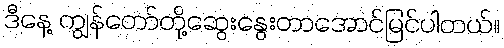
ဒီနေ့ ကျွန်တော်တို့ဆွေးနွေးတာအောင်မြင်ပါတယ်။